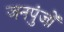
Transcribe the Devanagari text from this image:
जनपुंजों